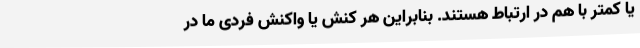
یا کمتر با هم در ارتباط هستند. بنابراین هر کنش یا واکنش فردی ما در